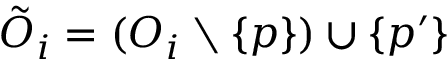
\tilde { O } _ { i } = ( O _ { i } \setminus \{ p \} ) \cup \{ p ^ { \prime } \}